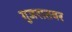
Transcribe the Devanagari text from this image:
गुजरातवर